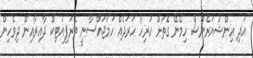
އަދި އިންޝުއަރެންސް ހިމެނޭ ގޮތަށް ހުރިހާ ހަރަދެއް ހަމަޖައްސާނީ ތެރަޕިއުޓިކް ދާއިރާއިން ދިވެހިން